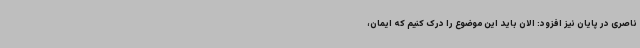
ناصری در پایان نیز افزود: الان باید این موضوع را درک کنیم که ایمان،